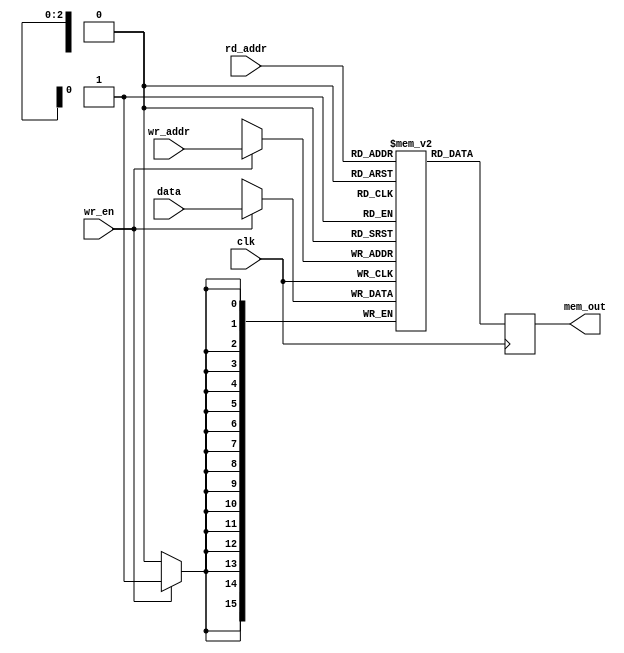
module mem_ex2(clk,wr_en,data,rd_addr,wr_addr,mem_out);

	input clk,wr_en;
	input [15:0] data;
	input [2:0] rd_addr,wr_addr;
	output reg [15:0] mem_out;

	reg [15:0] mem [0:7];

	always @ (posedge clk)
	begin
	if(wr_en) begin
	mem[wr_addr] <= data;
		end
		mem_out <= mem[rd_addr];
	end

endmodule